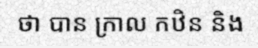
ថា បាន ក្រាល កឋិន និង